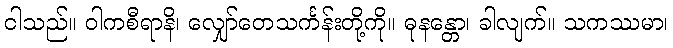
ငါသည်။ ဝါကစီရာနိ၊ လျှော်တေသင်္ကန်းတို့ကို။ ဓုနန္တော၊ ခါလျက်။ သကဿမာ၊